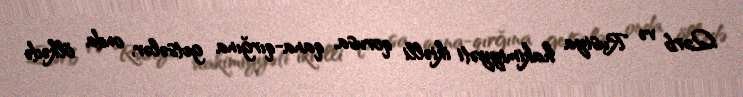
Qərb və Rusiya hakimiyyəti ikiəlli qorusa, qana-qırğına getsələr, onda ölkədə